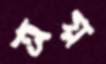
ত্রয়